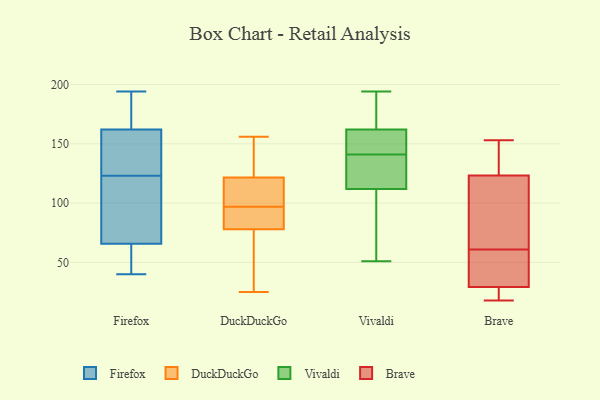
{"axis": {"x": "Operating Costs (USD K)", "y": "Value"}, "legend": ["Brave", "DuckDuckGo", "Firefox", "Vivaldi"], "data": [{"x": "", "y": 65, "type": "Firefox"}, {"x": "", "y": 93, "type": "Firefox"}, {"x": "", "y": 162, "type": "Firefox"}, {"x": "", "y": 68, "type": "Firefox"}, {"x": "", "y": 59, "type": "Firefox"}, {"x": "", "y": 162, "type": "Firefox"}, {"x": "", "y": 63, "type": "Firefox"}, {"x": "", "y": 193, "type": "Firefox"}, {"x": "", "y": 186, "type": "Firefox"}, {"x": "", "y": 134, "type": "Firefox"}, {"x": "", "y": 55, "type": "Firefox"}, {"x": "", "y": 89, "type": "Firefox"}, {"x": "", "y": 193, "type": "Firefox"}, {"x": "", "y": 148, "type": "Firefox"}, {"x": "", "y": 40, "type": "Firefox"}, {"x": "", "y": 73, "type": "Firefox"}, {"x": "", "y": 147, "type": "Firefox"}, {"x": "", "y": 123, "type": "Firefox"}, {"x": "", "y": 194, "type": "Firefox"}, {"x": "", "y": 28, "type": "DuckDuckGo"}, {"x": "", "y": 123, "type": "DuckDuckGo"}, {"x": "", "y": 113, "type": "DuckDuckGo"}, {"x": "", "y": 81, "type": "DuckDuckGo"}, {"x": "", "y": 95, "type": "DuckDuckGo"}, {"x": "", "y": 90, "type": "DuckDuckGo"}, {"x": "", "y": 156, "type": "DuckDuckGo"}, {"x": "", "y": 99, "type": "DuckDuckGo"}, {"x": "", "y": 133, "type": "DuckDuckGo"}, {"x": "", "y": 75, "type": "DuckDuckGo"}, {"x": "", "y": 25, "type": "DuckDuckGo"}, {"x": "", "y": 120, "type": "DuckDuckGo"}, {"x": "", "y": 162, "type": "Vivaldi"}, {"x": "", "y": 194, "type": "Vivaldi"}, {"x": "", "y": 51, "type": "Vivaldi"}, {"x": "", "y": 146, "type": "Vivaldi"}, {"x": "", "y": 162, "type": "Vivaldi"}, {"x": "", "y": 112, "type": "Vivaldi"}, {"x": "", "y": 172, "type": "Vivaldi"}, {"x": "", "y": 136, "type": "Vivaldi"}, {"x": "", "y": 69, "type": "Vivaldi"}, {"x": "", "y": 130, "type": "Vivaldi"}, {"x": "", "y": 71, "type": "Brave"}, {"x": "", "y": 148, "type": "Brave"}, {"x": "", "y": 24, "type": "Brave"}, {"x": "", "y": 18, "type": "Brave"}, {"x": "", "y": 24, "type": "Brave"}, {"x": "", "y": 61, "type": "Brave"}, {"x": "", "y": 22, "type": "Brave"}, {"x": "", "y": 61, "type": "Brave"}, {"x": "", "y": 139, "type": "Brave"}, {"x": "", "y": 153, "type": "Brave"}, {"x": "", "y": 130, "type": "Brave"}, {"x": "", "y": 34, "type": "Brave"}, {"x": "", "y": 89, "type": "Brave"}, {"x": "", "y": 31, "type": "Brave"}, {"x": "", "y": 107, "type": "Brave"}, {"x": "", "y": 121, "type": "Brave"}, {"x": "", "y": 38, "type": "Brave"}]}